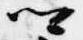
卿